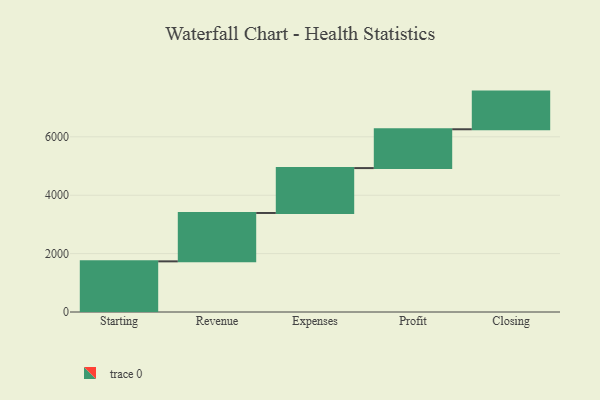
{"axis": {"x": "Step", "y": "Value"}, "legend": [""], "data": [{"x": "Starting", "y": 1735.0, "type": ""}, {"x": "Revenue", "y": 1657.0, "type": ""}, {"x": "Expenses", "y": 1537.0, "type": ""}, {"x": "Profit", "y": 1330.0, "type": ""}, {"x": "Closing", "y": 1290.0, "type": ""}]}